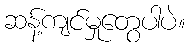
ဆန့်ကျင်မှုတွေပါပဲ။